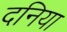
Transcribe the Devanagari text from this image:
दनिया